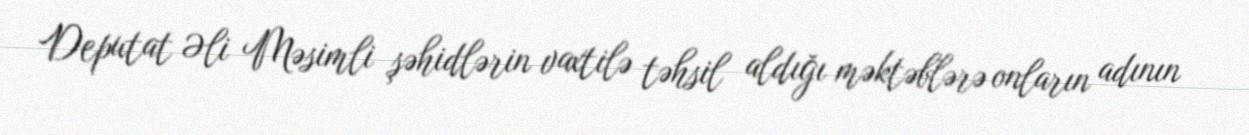
Deputat Əli Məsimli şəhidlərin vaxtilə təhsil aldığı məktəblərə onların adının